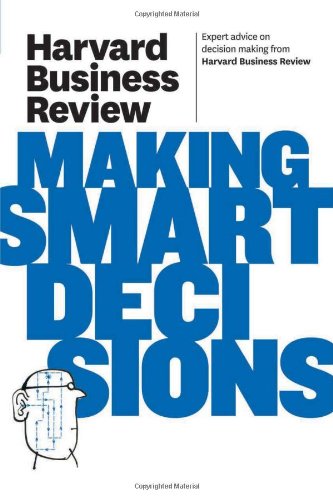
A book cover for Harvard Business Review on Making Smart Decisions (Harvard Business Review Paperback Series); Harvard Business Review; Business & Money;